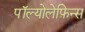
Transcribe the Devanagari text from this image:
पॉल्योलेफ़िन्स